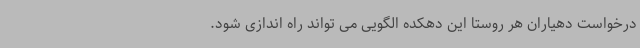
درخواست دهیاران هر روستا این دهکده الگویی می تواند راه اندازی شود.